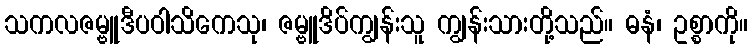
သကလဇမ္ဗူဒီပဝါသိကေသု၊ ဇမ္ဗူဒိပ်ကျွန်းသူ ကျွန်းသားတို့သည်။ ဓနံ၊ ဥစ္စာကို။